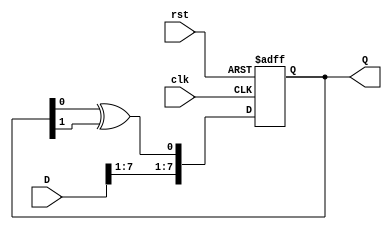
module FeedbackRegister #(
    parameter WIDTH = 8,          // Width of the register
    parameter INITIAL_STATE = 8'b00000000 // Initial state of the register
)(
    input wire clk,               // Clock input
    input wire rst,               // Reset input
    input wire [WIDTH-1:0] D,     // Data input
    output reg [WIDTH-1:0] Q      // Current state output
);

// Internal feedback logic (example: XOR of the first two bits)
wire feedback;
assign feedback = Q[0] ^ Q[1]; // Example feedback logic

always @(posedge clk or posedge rst) begin
    if (rst) begin
        Q <= INITIAL_STATE;      // Reset to initial state
    end else begin
        // State update logic with feedback
        Q <= {D[WIDTH-1:1], feedback}; // Shift in new data and feedback
    end
end

endmodule